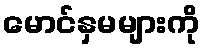
မောင်နှမများကို